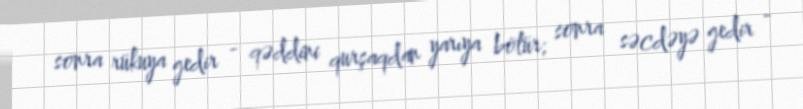
sonra rükuya gedir - qəddini qurşaqdan yarıya bölür; sonra səcdəyə gedir -